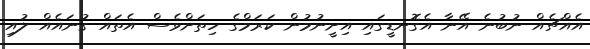
އެއްޗެއް ނުބުނެ އޭނާ އެގޮނޑީގައި އިށީނުމުން ކަރަމްގެ ހިތަށްވެސް އެތައް ގުނައެއް ލުއި